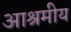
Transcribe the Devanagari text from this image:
आश्रमीय